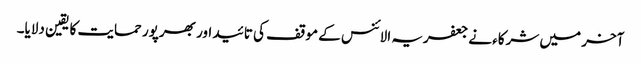
آخر میں شرکاء نے جعفریہ الائنس کے موقف کی تائید اور بھرپور حمایت کا یقین دلایا۔